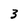
Character: 3